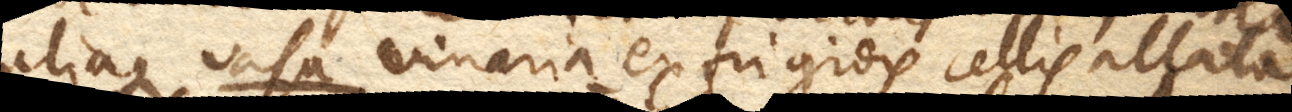
aliaque vasa vinaria ex frigidis cellis allata